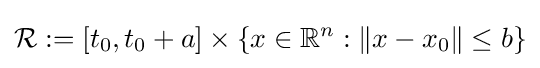
{\mathcal {R}}:=[t_{0},t_{0}+a]\times \{x\in \mathbb {R} ^{n}:\Vert x-x_{0}\Vert \leq b\}